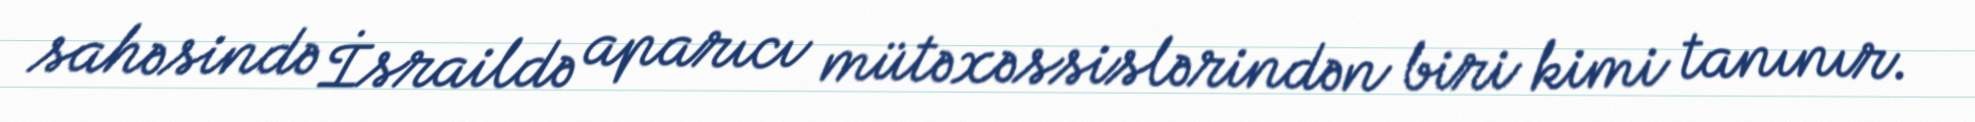
sahəsində İsraildə aparıcı mütəxəssislərindən biri kimi tanınır.